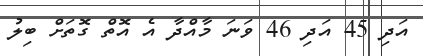
އަދި 45 އަދި 46 ވަނަ މާއްދާ އެ އޮތް ގޮތަށް ބިލު